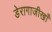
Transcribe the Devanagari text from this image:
डेरागाजीखाँ